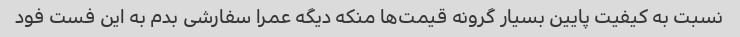
نسبت به کیفیت پایین بسیار گرونه قیمت‌ها منکه دیگه عمرا سفارشی بدم به این فست فود